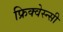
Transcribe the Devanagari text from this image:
फ्रिक्वेस्न्सी